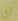
أي